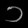
Digit: ၁